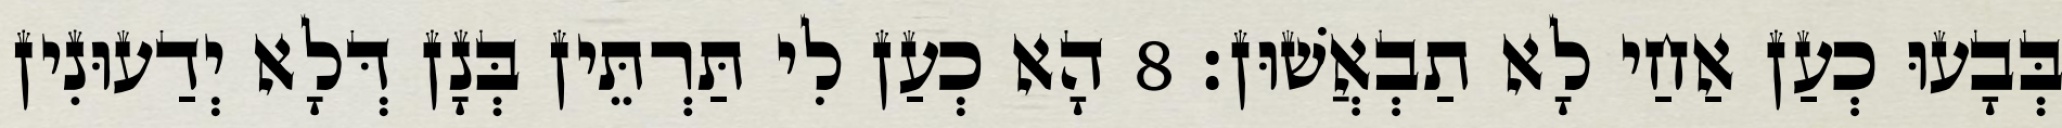
בְּבָעוּ כְעַן אַחַי לָא תַבְאֲשׁוּן׃ 8 הָא כְעַן לִי תַּרְתֵּין בְּנָן דְּלָא יְדַעוּנִין